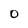
Character: O